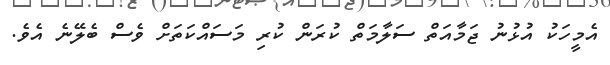
އެމީހަކު އުޅުނު ޖަމާއަތް ސަލާމަތް ކުރަން ކުރި މަސައްކަތަށް ވެސް ބެލޭނެ އެވެ.